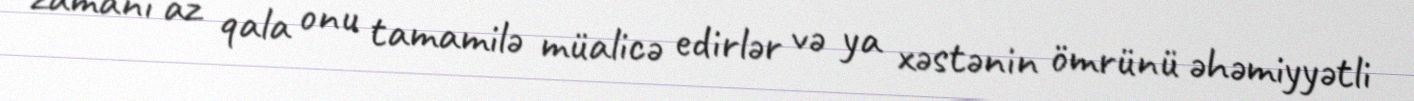
zamanı az qala onu tamamilə müalicə edirlər və ya xəstənin ömrünü əhəmiyyətli